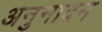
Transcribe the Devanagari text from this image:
अनुनादन